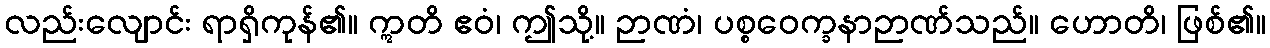
လည်းလျောင်း ရာရှိကုန်၏။ ဣတိ ဧဝံ၊ ဤသို့။ ဉာဏံ၊ ပစ္စဝေက္ခနာဉာဏ်သည်။ ဟောတိ၊ ဖြစ်၏။